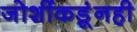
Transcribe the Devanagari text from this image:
जोशींकडूंनही